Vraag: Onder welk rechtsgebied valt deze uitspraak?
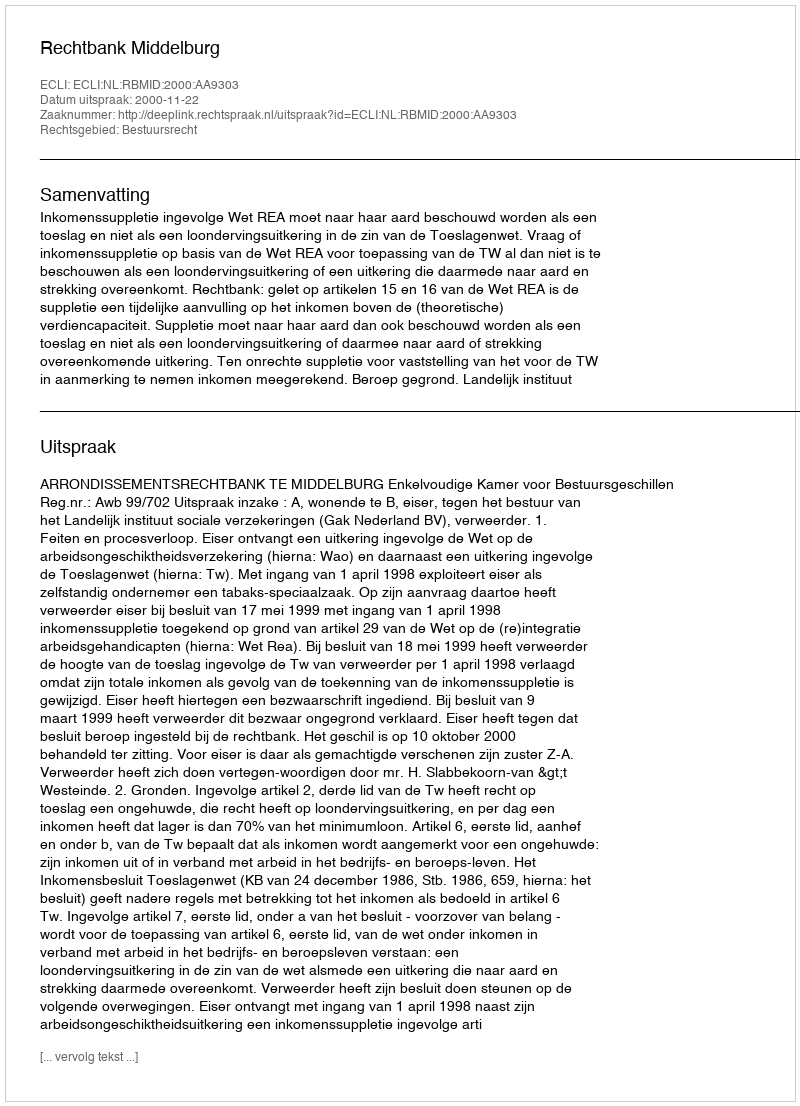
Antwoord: Bestuursrecht